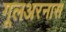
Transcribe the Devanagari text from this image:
गूलअरनास